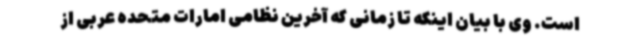
است. وی با بیان اینکه تا زمانی که آخرین نظامی امارات متحده عربی از